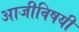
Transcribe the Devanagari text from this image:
आजीविषयी